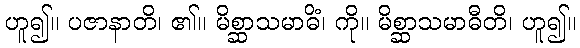
ဟူ၍။ ပဇာနာတိ၊ ၏။ မိစ္ဆာသမာဓိံ၊ ကို။ မိစ္ဆာသမာဓီတိ၊ ဟူ၍။